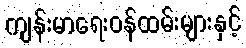
ကျန်းမာရေးဝန်ထမ်းများနှင့်